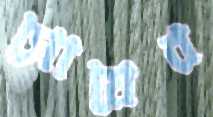
সোয়ের